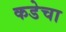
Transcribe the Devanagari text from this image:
कडेचा